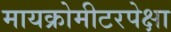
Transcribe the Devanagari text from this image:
मायक्रोमीटरपेक्षा